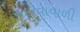
આપવાવાળી